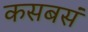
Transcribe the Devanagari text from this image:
कसबसं